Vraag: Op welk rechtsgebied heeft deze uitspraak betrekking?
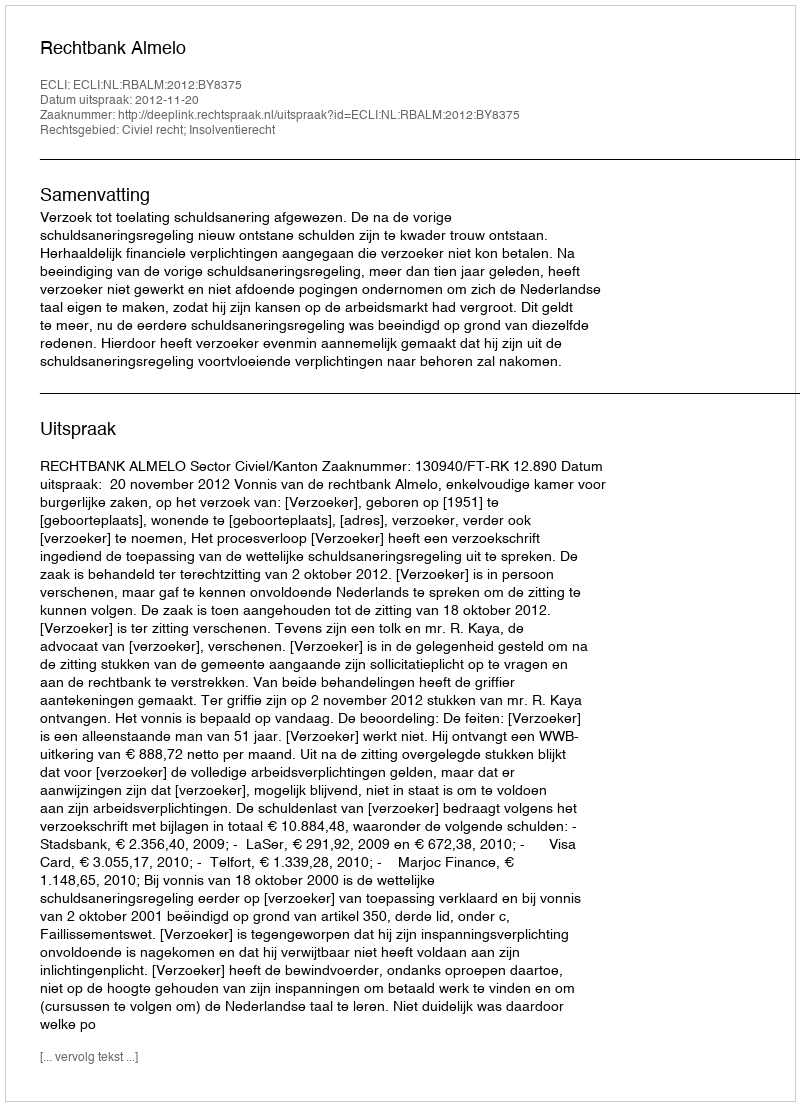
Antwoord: Civiel recht; Insolventierecht